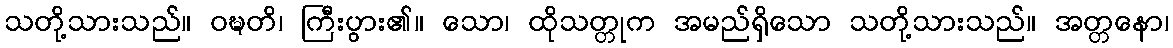
သတို့သားသည်။ ဝဍ္ဎတိ၊ ကြီးပွား၏။ သော၊ ထိုသတ္တုက အမည်ရှိသော သတို့သားသည်။ အတ္တနော၊